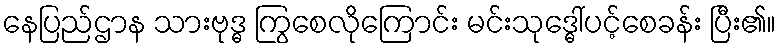
နေပြည်ဌာန သားဗုဒ္ဓ ကြွစေလိုကြောင်း မင်းသုဒ္ဓေါ်ပင့်စေခန်း ပြီး၏။